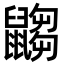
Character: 𪕾